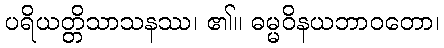
ပရိယတ္တိသာသနဿ၊ ၏။ ဓမ္မဝိနယဘာဝတော၊